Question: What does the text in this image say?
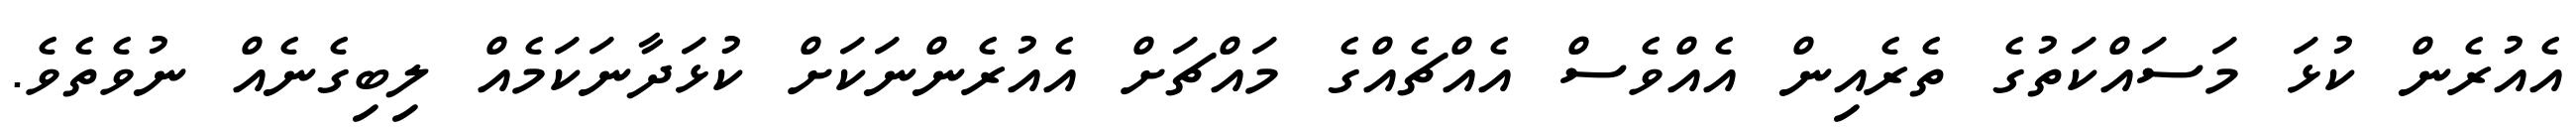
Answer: އެއުރެން ކުޅަ މަސައްކަތުގެ ތެރެއިން އެއްވެސް އެއްޗެއްގެ މައްޗަށް އެއުރެންނަކަށް ކުޅަދާނަކަމެއް ލިބިގެނެއް ނުވެތެވެ.